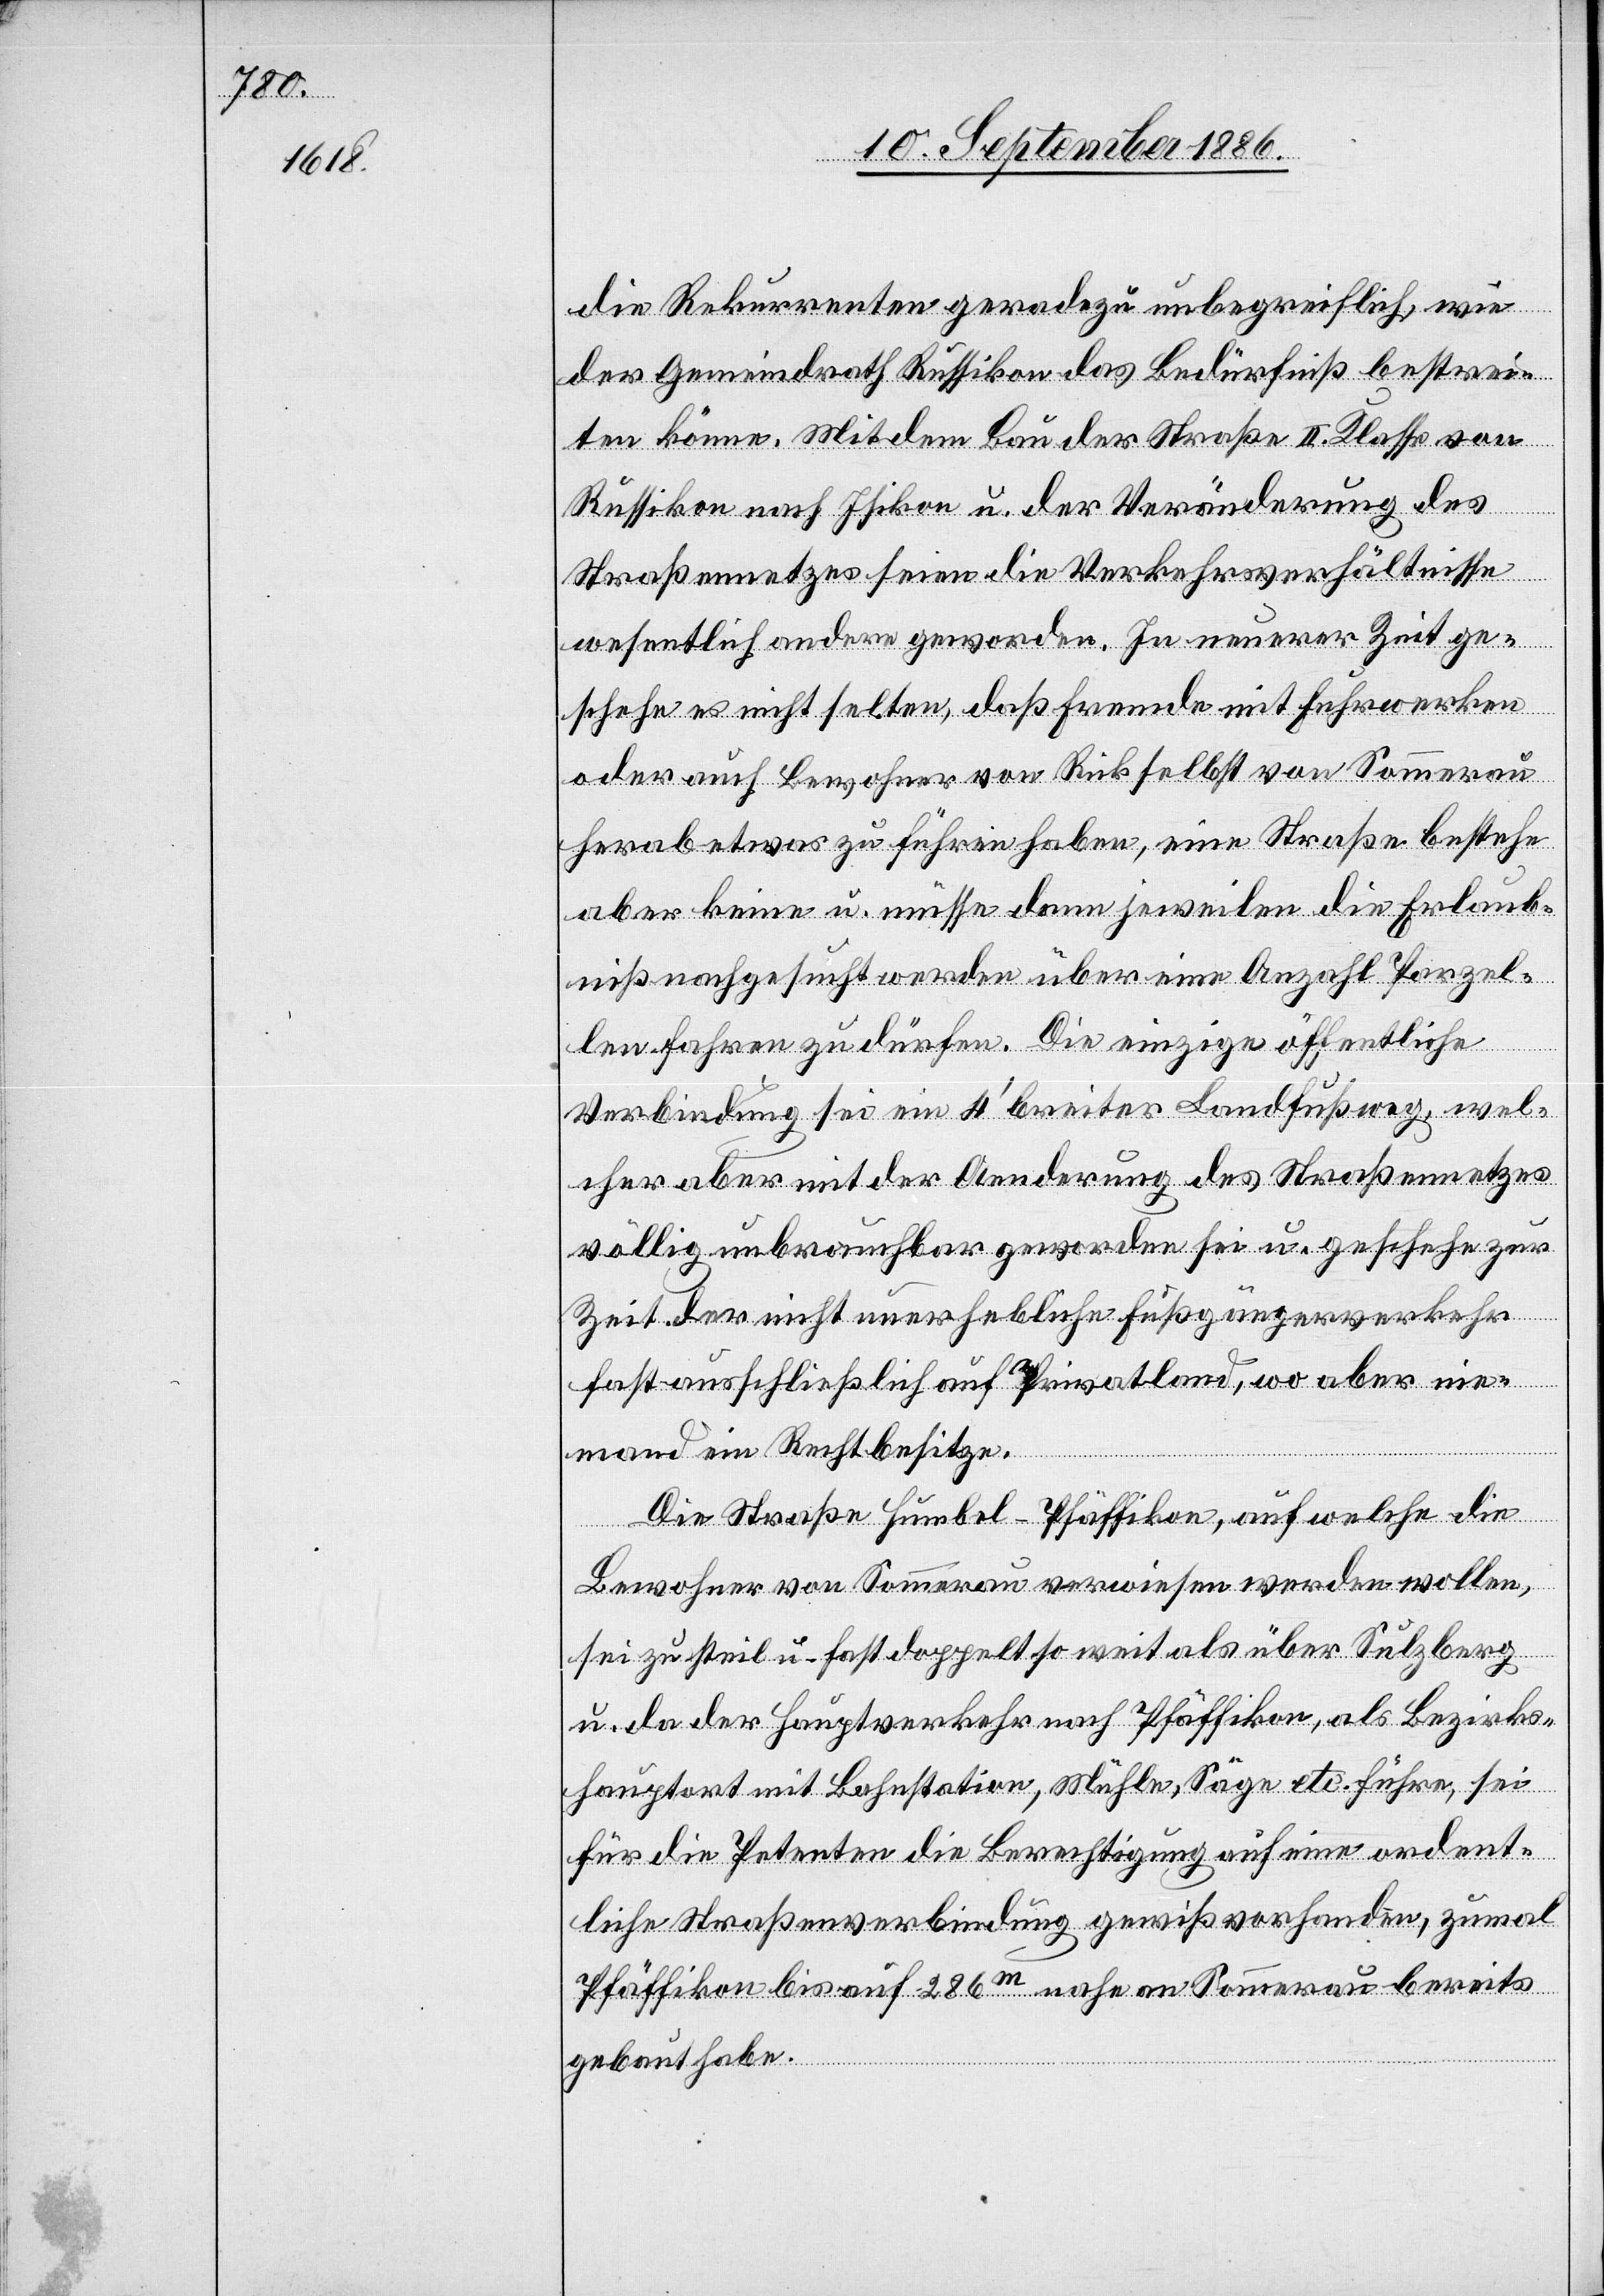
die Rekurrenten geradezu unbegreiflich, wie
der Gemeindrath Russikon das Bedürfniß bestrei¬
ten könne. Mit dem Bau der Straße II. Klasse von
Russikon nach Isikon u. der Veränderung des
Straßennetzes seien die Verkehrsverhältnisse
wesentlich anders geworden. In neuerer Zeit ge¬
schehe es nicht selten, daß Fremde mit Fuhrwerken
oder auch Bewohner von Rick selbst von Sommerau
herab etwas zu führen haben, eine Straße bestehe
aber keine u. müsse dann jeweilen die Erlaub¬
niß nachgesucht werden über eine Anzahl Parzel¬
len fahren zu dürfen. Die einzige öffentliche
Verbindung sei ein 4ʽ breiter Landfußweg, wel¬
cher aber mit der Aenderung des Straßennetzes
völlig unbrauchbar geworden sei u. geschehe zur
Zeit der nicht unerhebliche Fußgängerverkehr
fast ausschließlich auf Privatland, wo aber nie¬
mand ein Recht besitze.
Die Straße Humbel–Pfäffikon, auf welche die
Bewohner von Sommerau verwiesen werden wollen,
sei zu steil u. fast doppelt so weit als über Sulzberg
u. da der Hauptverkehr nach Pfäffikon, als Bezirks¬
hauptort mit Bahnstation, Mühle, Säge etc. führe, sei
für die Petenten die Berechtigung auf eine ordent¬
liche Straßenverbindung gewiß vorhanden, zumal
Pfäffikon bis auf 286m nahe an Sommerau bereits
gebaut habe.